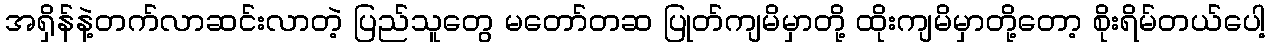
အရှိန်နဲ့တက်လာဆင်းလာတဲ့ ပြည်သူတွေ မတော်တဆ ပြုတ်ကျမိမှာတို့ ထိုးကျမိမှာတို့တော့ စိုးရိမ်တယ်ပေါ့